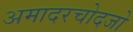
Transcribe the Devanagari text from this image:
अमादरचोदजो